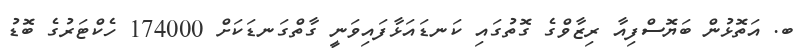
ބ. އަތޮޅުން ބަޔޮސްފިއާ ރިޒާވްގެ ގޮތުގައި ކަނޑައަޅާފައިވަނީ ގާތްގަނޑަކަށް 174000 ހެކްޓަރުގެ ބޮޑު